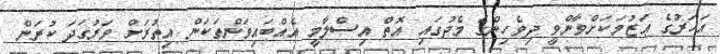
އަހަރުގެ ޢަޒުމަކަށްވާންވީ ދިވެހިންގެ މެދުގައި އޮތް އިސްލާމީ އެއްބައިވަންތަކަން އިތުރަށް ވަރުގަދަ ކުރަން